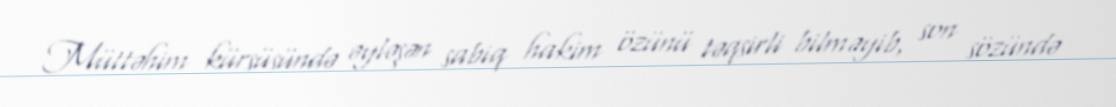
Müttəhim kürsüsündə əyləşən sabiq hakim özünü təqsirli bilməyib, son sözündə